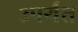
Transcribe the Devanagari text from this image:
३पर्यंत